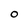
Character: O